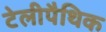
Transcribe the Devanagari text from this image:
टेलीपैथिक